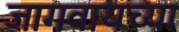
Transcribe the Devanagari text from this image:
जागवायच्या